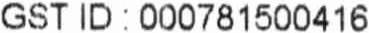
GST ID : 000781500416